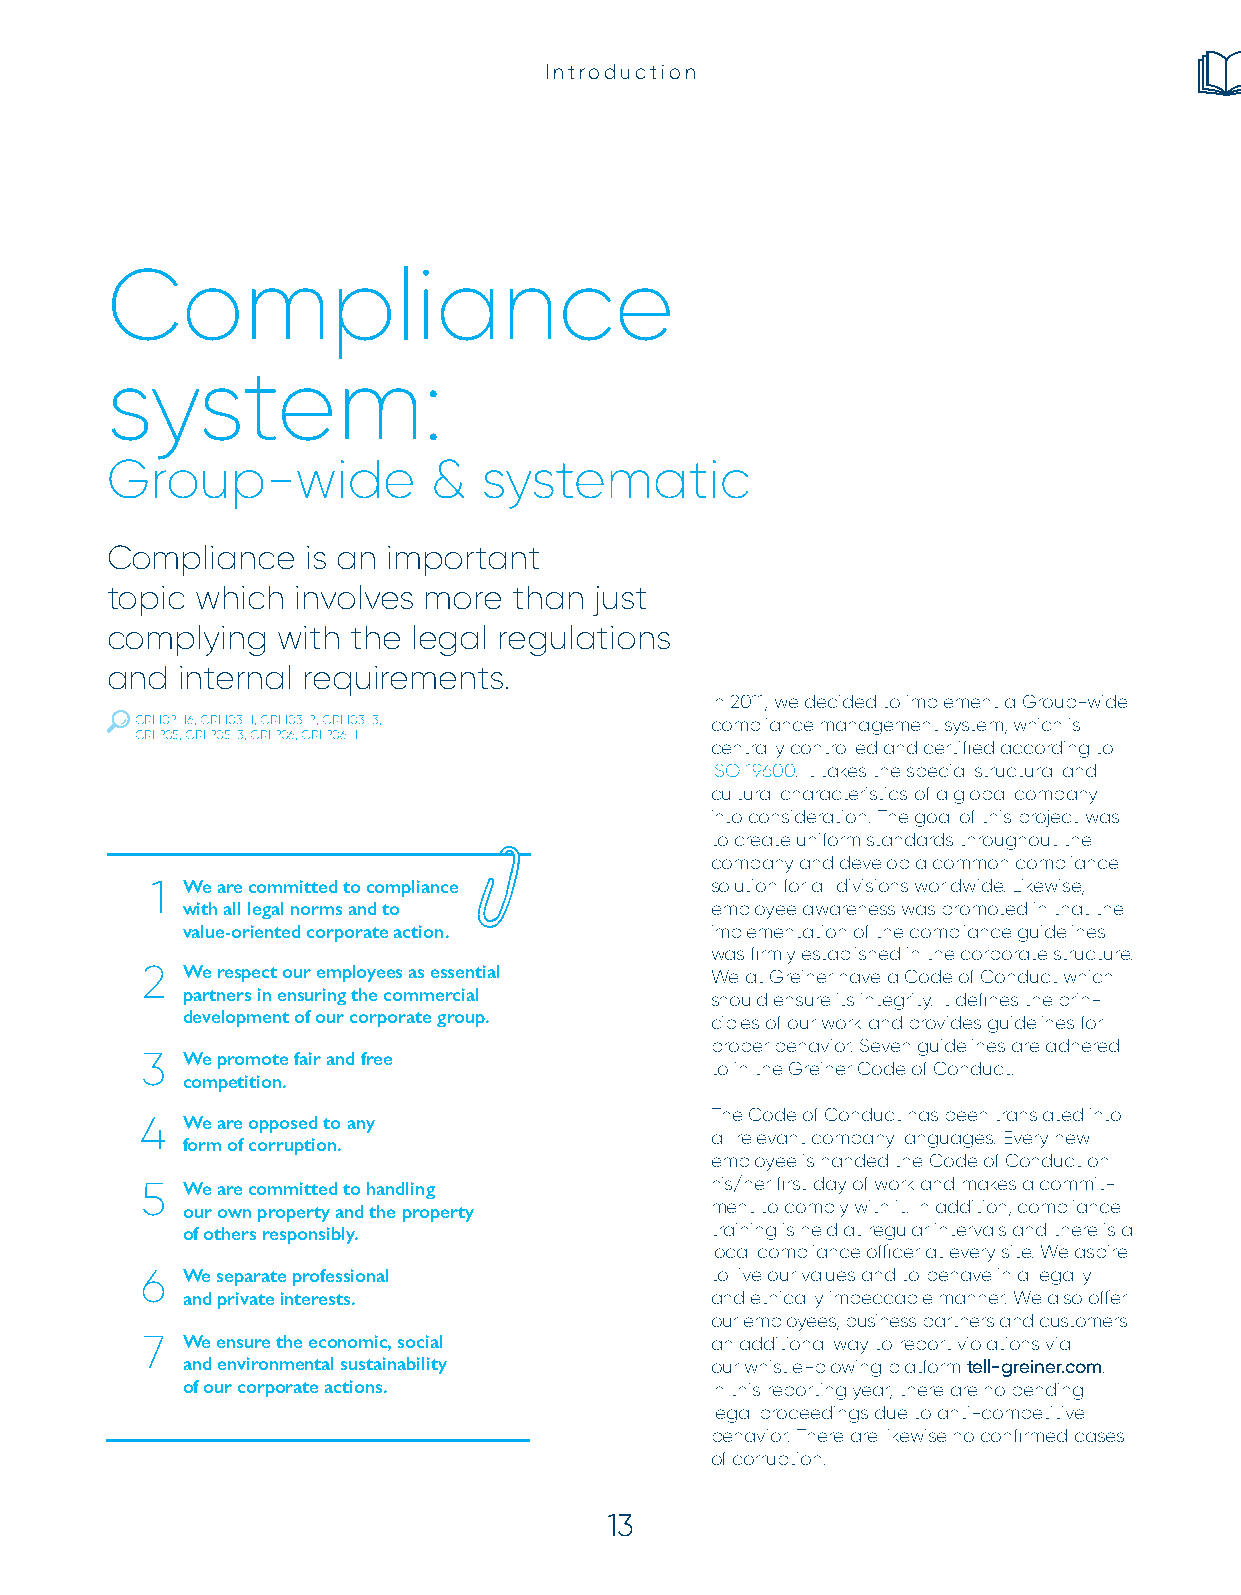
Introduction
 Compliance
 system:
 Group-wide           &   systematic
 Compliance   is an important
 topic which involves more  than just
 complying  with the legal regulations
 and  internal requirements.
 In 2011, we decided to implement a Group-wide
 GRI 102-16, GRI 103-1, GRI 103-2, GRI 103-3, compliance management system, which is
 GRI 205, GRI 205-3, GRI 206, GRI 206-1
 centrally controlled and certifi ed according to
 ISO 19600. It takes the special structural and
 cultural characteristics of a global company
 into consideration. The goal of this project was
 to create uniform standards throughout the
 company and develop a common compliance
 1 We are committed to compliance     solution for all divisions worldwide. Likewise,
 with all legal norms and to        employee awareness was promoted in that the
 value-oriented corporate action.   implementation of the compliance guidelines
 was fi rmly established in the corporate structure.
 2  We respect our employees as essential We at Greiner have a Code of Conduct which
 partners in ensuring the commercial should ensure its integrity. It defi nes the prin-
 development of our corporate group. ciples of our work and provides guidelines for
 proper behavior. Seven guidelines are adhered
 3  We promote fair and free
 to in the Greiner Code of Conduct.
 competition.
 The Code of Conduct has been translated into
 4  We are opposed to any
 all relevant company languages. Every new
 form of corruption.
 employee is handed the Code of Conduct on
 5  We are committed to handling       his/her fi rst day of work and makes a commit-
 our own property and the property  ment to comply with it. In addition, compliance
 of others responsibly.             training is held at regular intervals and there is a
 local compliance offi cer at every site. We aspire
 6  We separate professional           to live our values and to behave in a legally
 and private interests.             and ethically impeccable manner. We also off er
 our employees, business partners and customers
 7  We ensure the economic, social     an additional way to report violations via
 and environmental sustainability   our whistle-blowing platform tell-greiner.com.
 of our corporate actions.          In this reporting year, there are no pending
 legal proceedings due to anti-competitive
 behavior. There are likewise no confi rmed cases
 of corruption.
 13